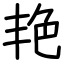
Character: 艳